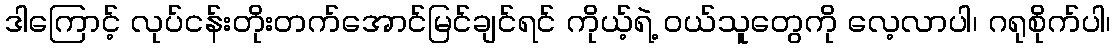
ဒါကြောင့် လုပ်ငန်းတိုးတက်အောင်မြင်ချင်ရင် ကိုယ့်ရဲ့ ဝယ်သူတွေကို လေ့လာပါ၊ ဂရုစိုက်ပါ၊